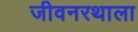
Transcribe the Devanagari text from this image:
जीवनरथाला